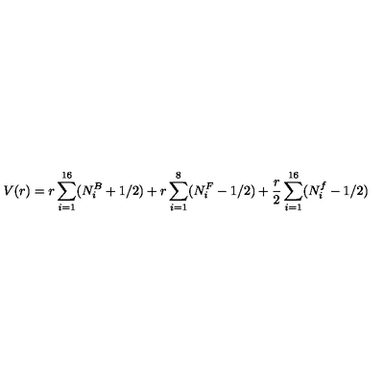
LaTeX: V ( r ) = r \sum _ { i = 1 } ^ { 1 6 } ( N _ { i } ^ { B } + 1 / 2 ) + r \sum _ { i = 1 } ^ { 8 } ( N _ { i } ^ { F } - 1 / 2 ) + \frac { r } { 2 } \sum _ { i = 1 } ^ { 1 6 } ( N _ { i } ^ { f } - 1 / 2 )